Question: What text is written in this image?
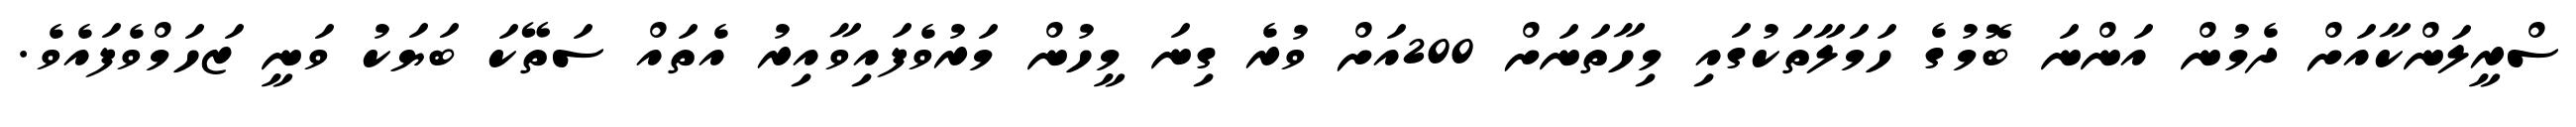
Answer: ސްރީލަންކާއަށް ދެމުން އަންނަ ބޮމުގެ ހަމަލާތަކުގައި މިހާތަނަށް 200އަށް ވުރެ ގިނަ މީހުން މަރުވެފައިވާއިރު އެތައް ސަތޭކަ ބަޔަކު ވަނީ ޒަހަމްވެފައެވެ.